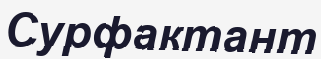
Сурфактант